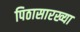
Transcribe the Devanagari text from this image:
पिठासारख्या